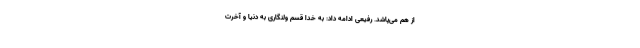
از هم می‌پاشد. رفیعی ادامه داد: به خدا قسم ولنگاری به دنیا و آخرت